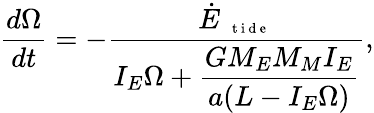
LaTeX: \frac{d\Omega}{dt}=-\frac{\displaystyle\dot{E}_{\mathrm{~\scriptsize~{~t~i~d~e~}~}}}{\displaystyle I_{E}\Omega+\frac{GM_{E}M_{M}I_{E}}{a(L-I_{E}\Omega)}},